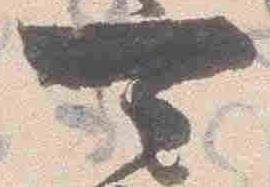
可